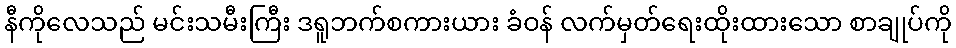
နီကိုလေသည် မင်းသမီးကြီး ဒရူဘက်စကားယား ခံဝန် လက်မှတ်ရေးထိုးထားသော စာချုပ်ကို